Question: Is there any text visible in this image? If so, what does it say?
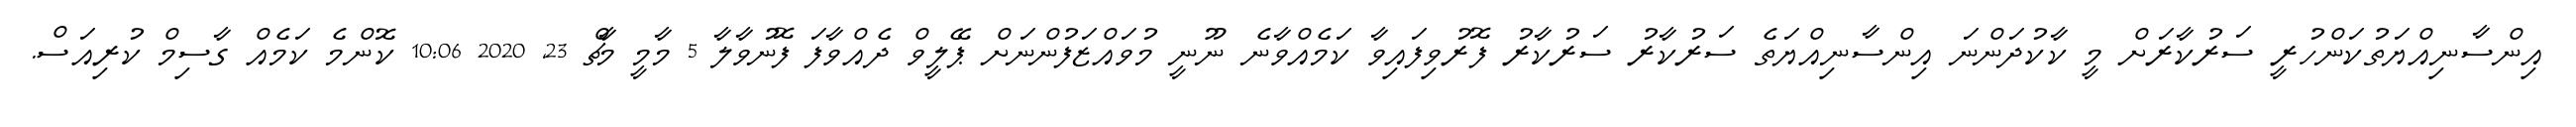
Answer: އިންސާނިއްޔަތުކަންހުރީ ސަރުކާރަށް މީ ކާކުދަންނަ އިންސާނިއްޔަތެ ސަރުކާރު ސަރުކާރު ފޮރުވިފައިވާ ކަމެއްވާނެ ނޫނީ މުވައްޒަފުންނަށް ޕޭލީވް ދެއްވާފަ ފޮނުވާލާ 5 މާމީ މާޗް 23, 2020 10:06 ކޮންމެ ކަމެއް ގާސިމް ކުރިއަސް.